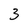
Character: 3